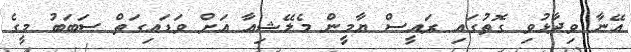
އޭނާ ވިދާޅުވިި ގޮތުގައި ރައީސް ޔާމީން މެލޭޝިއާ އަށް ވަޑައިގަތް ސަބަބު މީގެ